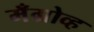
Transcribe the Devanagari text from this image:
मँग्रोव्ह